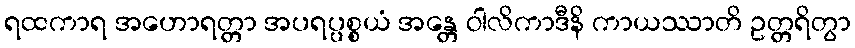
ရထကာရ အဟောရတ္တာ အပရပ္ပစ္စယံ အန္တေ ဝါလိကာဒီနိ ကာယဿာတိ ဥတ္တရိတွာ